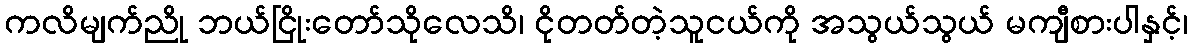
ကလိမျက်ညို ဘယ်ငြိုးတော်သိုလေသိ၊ ငိုတတ်တဲ့သူငယ်ကို အသွယ်သွယ် မကျီစားပါနှင့်၊